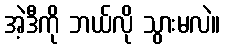
အဲ့ဒီကို ဘယ်လို သွားမလဲ။